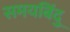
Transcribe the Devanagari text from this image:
समयबिंदु